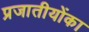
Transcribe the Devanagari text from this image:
प्रजातीयोंका